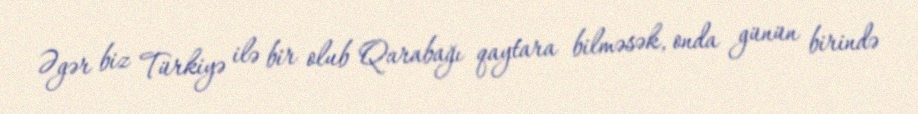
Əgər biz Türkiyə ilə bir olub Qarabağı qaytara bilməsək, onda günün birində